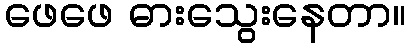
ဖေဖေ ဓားသွေးနေတာ။